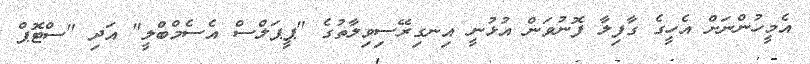
އެމީހުންނަށް އެހީގެ ގާފިލާ ފޮނުވަން އުޅުނީ އިނގިރޭސިވިލާތުގެ "ޕީޕަލްސް އެސެމްބްލީ" އަދި "ސްޓޮޕް